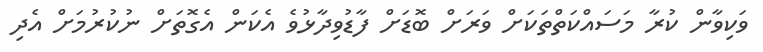
ވަކިވާން ކުރާ މަސައްކަތްތަކަށް ވަރަށް ބޮޑަށް ފާޑުވިދާޅުވެ އެކަން އެގޮތަށް ނުކުރުމަށް އެދި